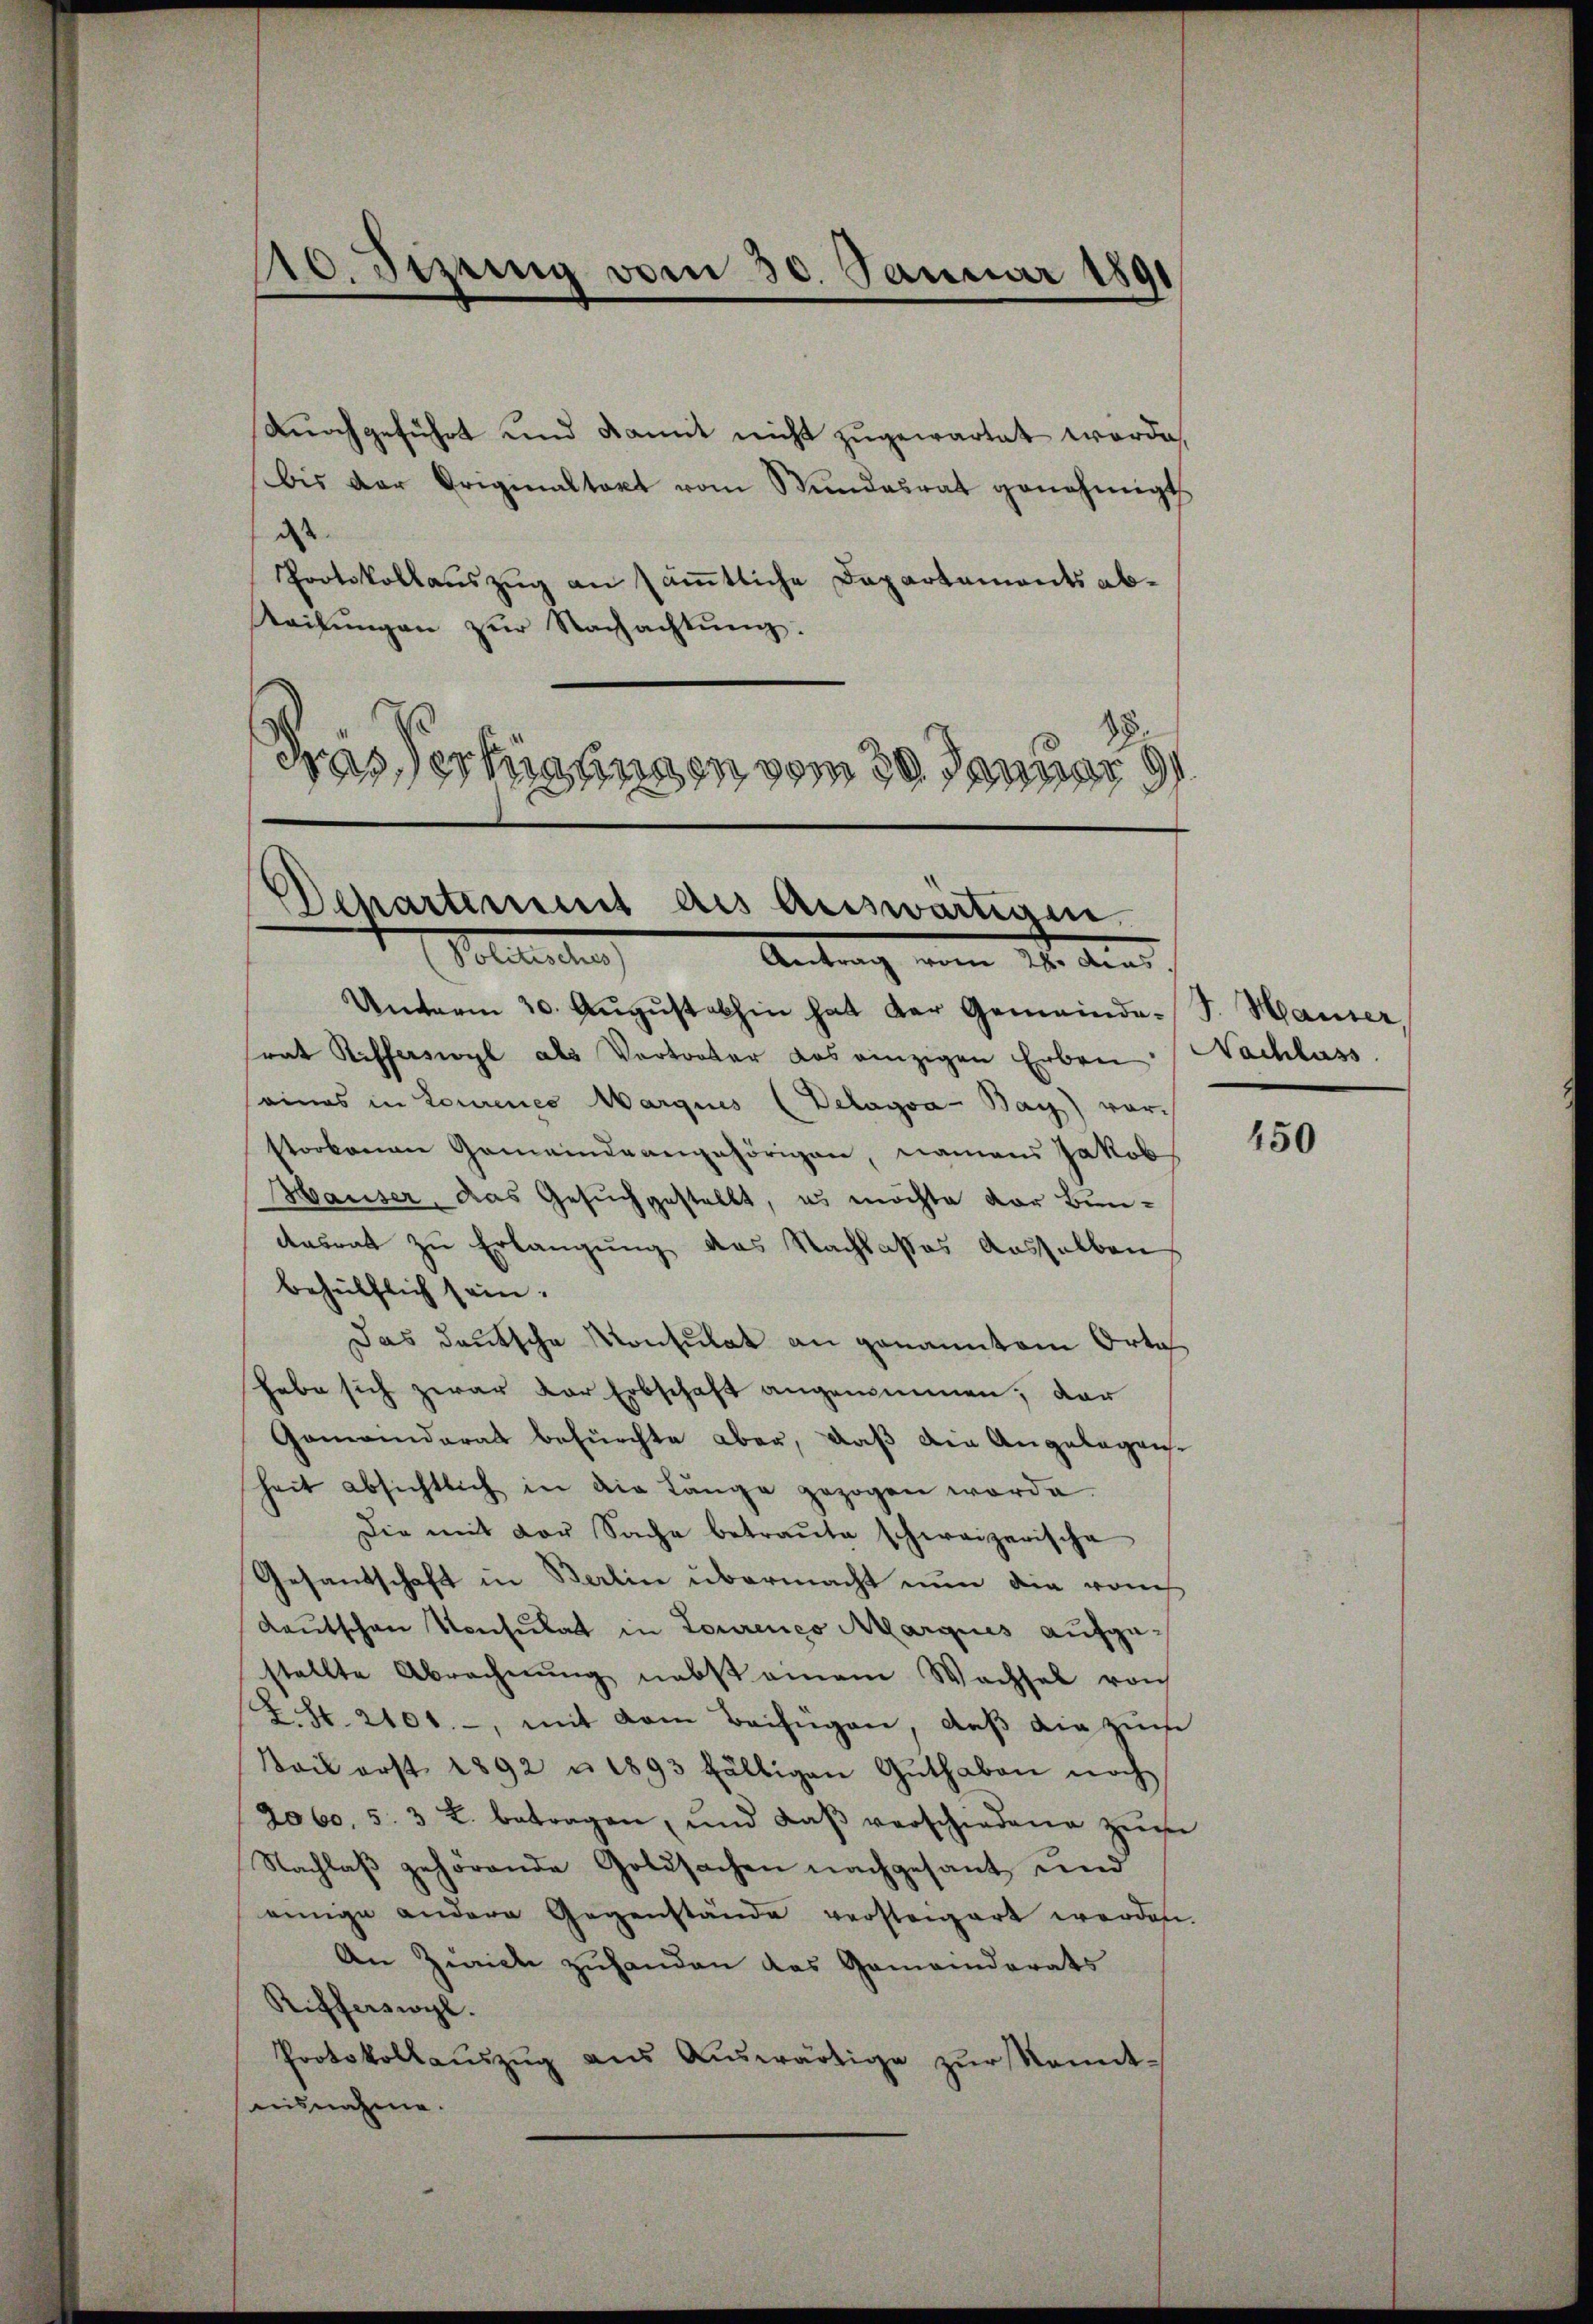
110. Stzung vom 30. Januar 1891

durchgeführt und damit nicht zugewartet werde,
bis der Originaltakt vom Stundesrat genehmigt
dass
Protokollauszug an sämtliche Departements ab¬
Seilŭngen zŭr Nachachtung.
Gras erhiesigen vom 30. Januar
1

Departement des Auswärtigen.
Solidenten
Antrag vom 24. das

Unterm 30. August abhin hat der Gemeinde-
rat Rifferswyl als Vertreter das einzigen Erben
seines in Lourenes Marguus (Delagva- Bay) vor-
storbenen Gemeindeangehörigen, namens Jakob
Hauser, das Gesuch gestellt, es möchte vor Bun¬
Ansrat zu Erlangung des Nachlasses ausselben
behülflich sein.
Das deutsche Konsulat an genanntem Orte
habe sich zwar der Erbschaft angenommen; dar
Gemeinderat befürchte aber, daß die Angelegenheit absichtlich in die Länge gezogen worde.
Die mit der Sache betraŭte schweizerische
Gesandschaft in Berlin übermacht nun die vom
Kautschen Konsulat in Lourenco Marques aufgestellte Abrechnung nebst einem Wachsel von
L. S. 2101. -, mit dem Beifügen, daß die zum
Mais erst 1892 u. 1893 fälligen Guthaben noch
2060. 53 Z. betragen, und daβ verschiedene zŭm
Nachlaβ gehörende Gottsachen nachgesant und
einige andere Gegenstände versteigert werden.
An Zürich zuhanden das Gemeinderats
Rifferswyl.
Protokollaŭszŭg aŭs Aŭswärtige zŭr kannt-
nisnahme.

F. Hauser,
Nachlass

450